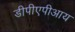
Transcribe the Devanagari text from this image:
डीपीएपीआय